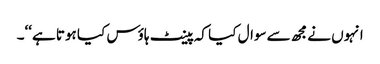
انہوں نےمجھ سےسوال کیا کہ پینٹ ہاؤس کیا ہوتا ہے‘‘۔